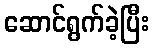
ဆောင်ရွက်ခဲ့ပြီး